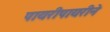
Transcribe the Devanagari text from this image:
पायरीपायरीने